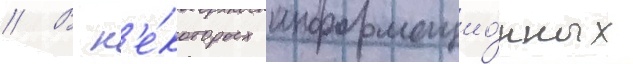
// В н'е́которых информацио́нных